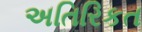
અતિરિકત